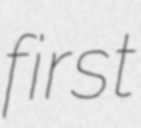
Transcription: first